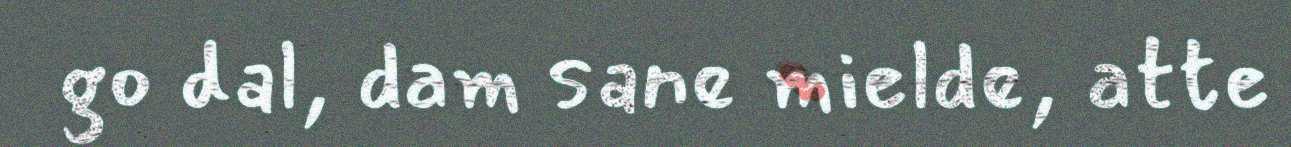
go dal, dam sane mielde, atte